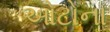
ઓટોના